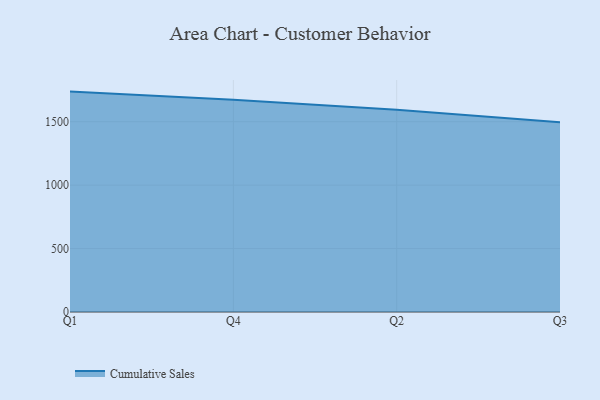
{"axis": {"x": "Quarter", "y": "Latency (ms)"}, "legend": ["Cumulative Sales"], "data": [{"x": "Q1", "y": 1737.0, "type": "Cumulative Sales"}, {"x": "Q4", "y": 1672.5, "type": "Cumulative Sales"}, {"x": "Q2", "y": 1593.1, "type": "Cumulative Sales"}, {"x": "Q3", "y": 1494.6, "type": "Cumulative Sales"}]}